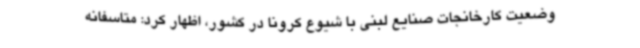
وضعیت کارخانجات صنایع لبنی با شیوع کرونا در کشور، اظهار کرد: متاسفانه